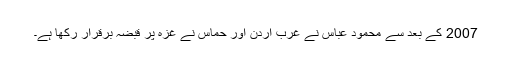
2007 کے بعد سے محمود عباس نے غربِ اردن اور حماس نے غزہ پر قبضہ برقرار رکھا ہے۔